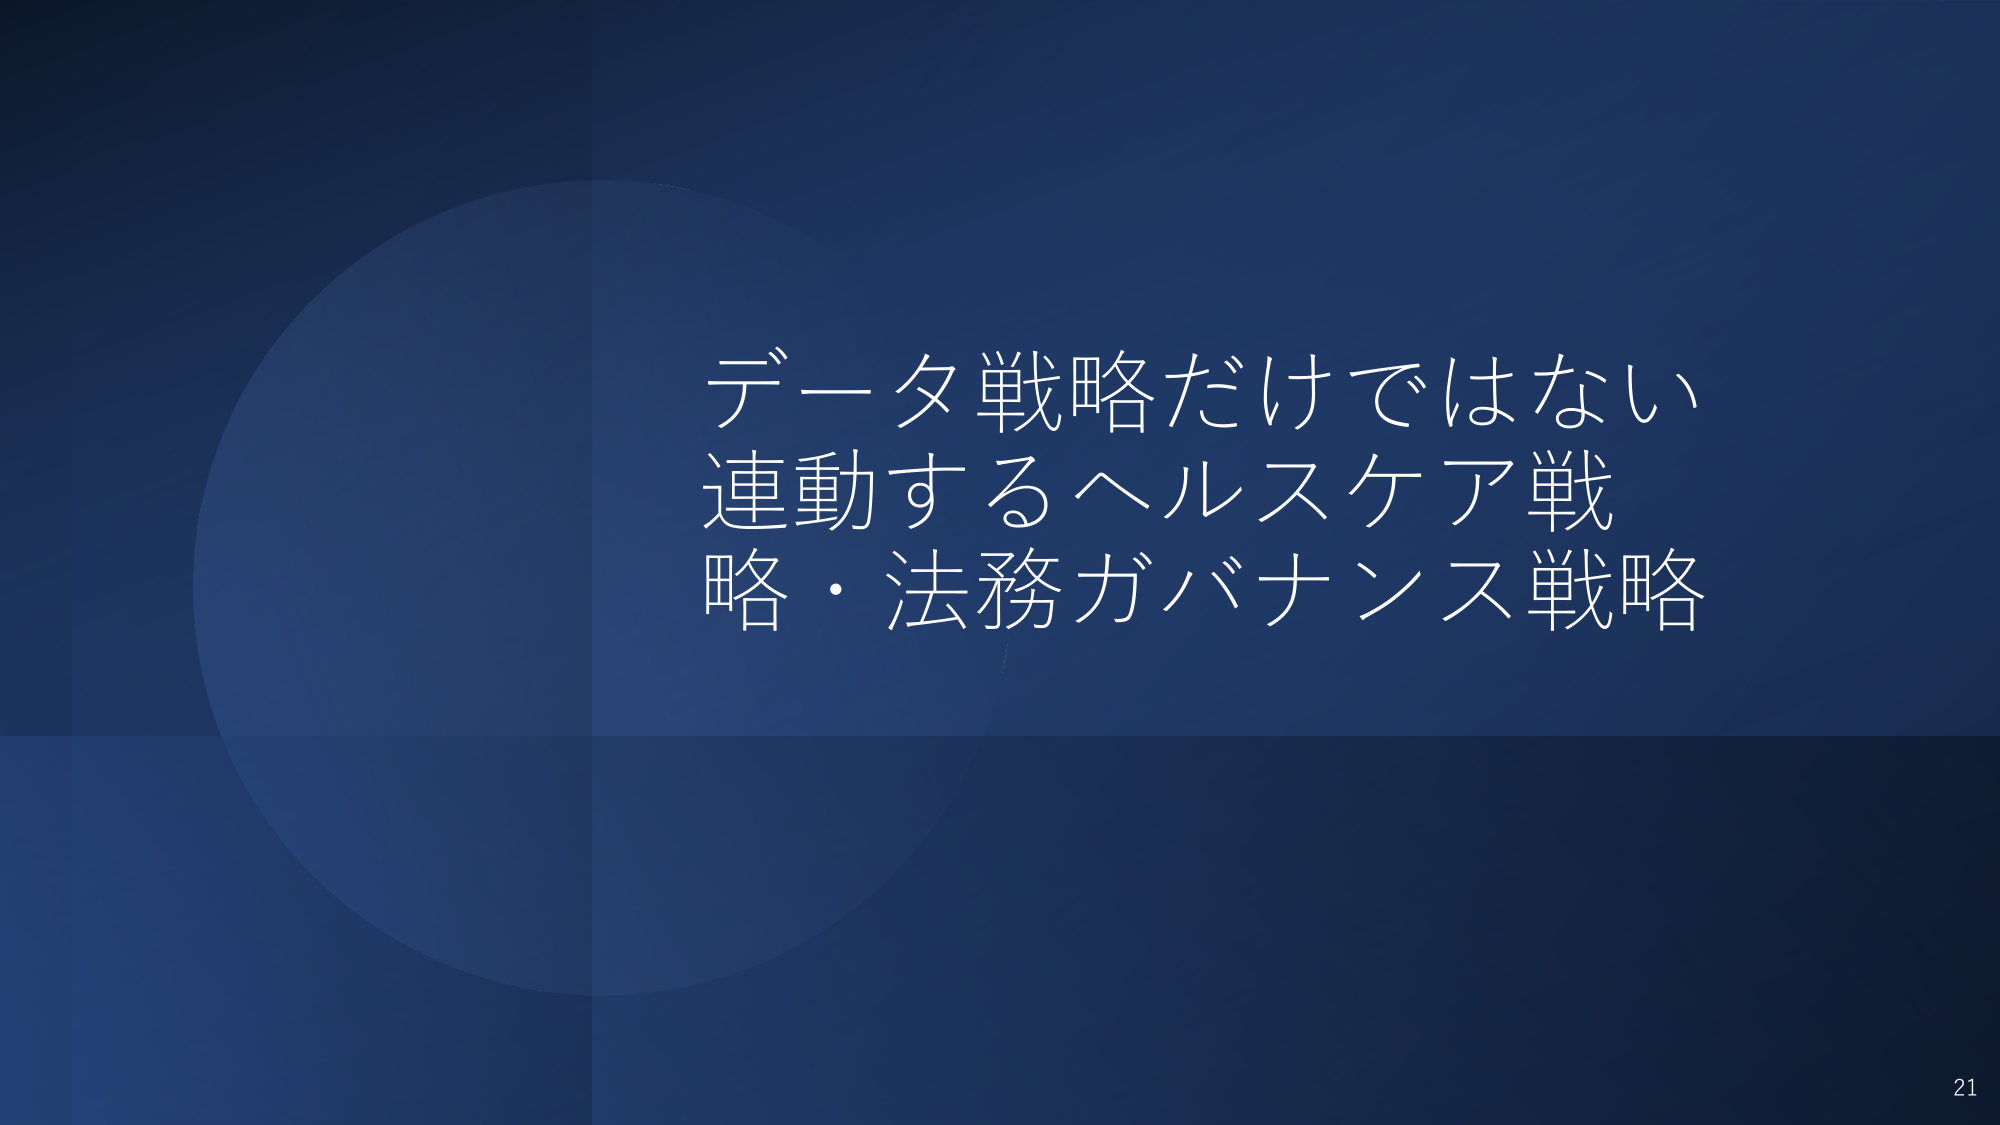
データ戦略だけではない
連動するヘルスケア戦
略・法務ガバナンス戦略
21